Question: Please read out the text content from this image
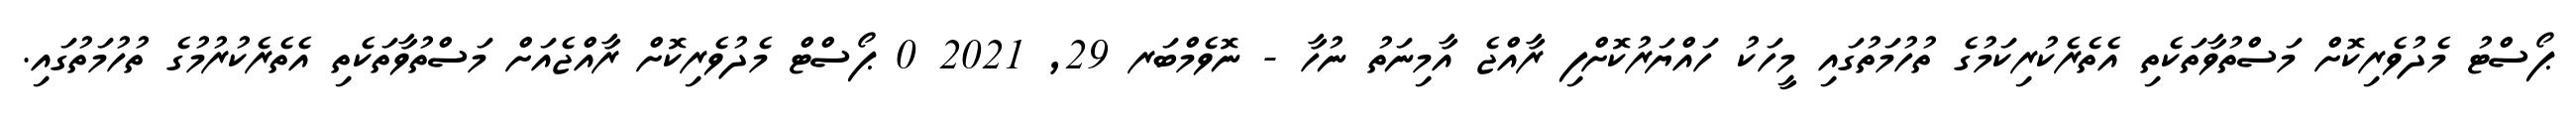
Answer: ޕޯސްޓު މެދުވެރިކޮށް މަސްތުވާތަކެތި އެތެރެކުރިކަމުގެ ތުހުމަތުގައި މީހަކު ހައްޔަރުކޮށްފި ރާއްޖެ އާމިނަތު ނުހާ - ނޮވެމްބަރ 29, 2021 0 ޕޯސްޓް މެދުވެރިކޮށް ރާއްޖެއަށް މަސްތުވާތަކެތި އެތެރެކުރުމުގެ ތުހުމަތުގައި.